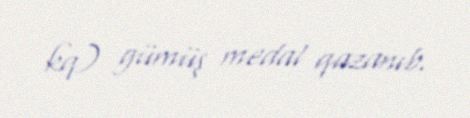
kq) gümüş medal qazanıb.